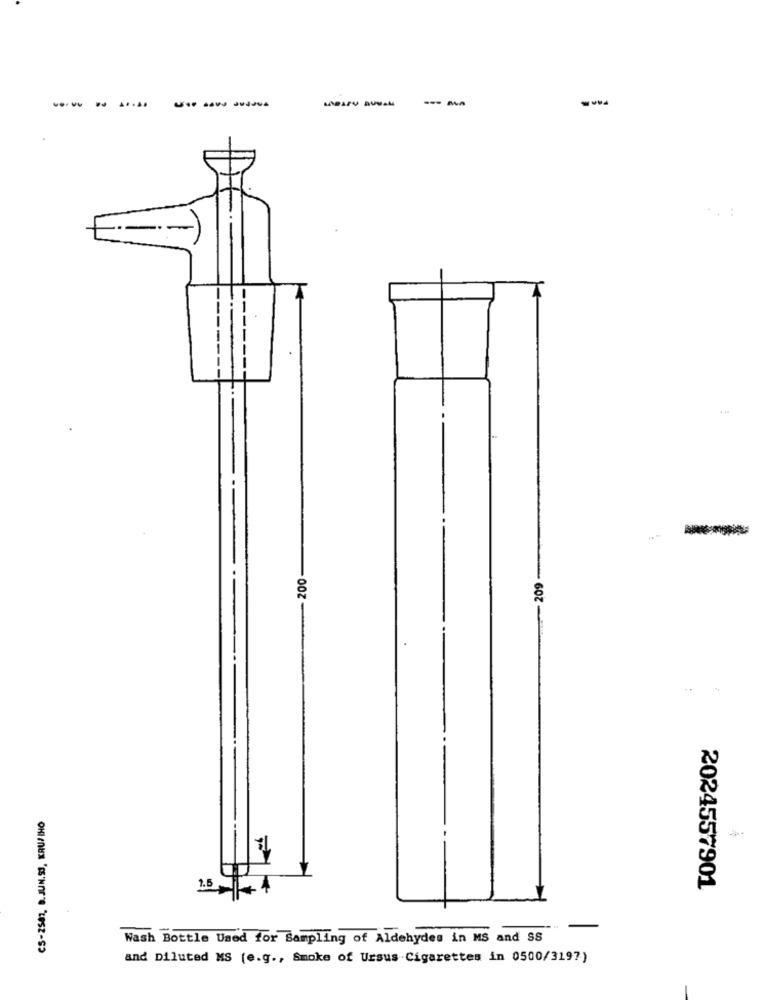
--
--
----
. :
200
209
CS-2587, B.JUN.SJ, KRUPIHO
1.5
2024557901
Wash Bottle Used for Sampling of Aldehydes in MS and SS
and Diluted MS (e.g ., Smoke of Ursus Cigarettes in 0500/3197)